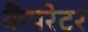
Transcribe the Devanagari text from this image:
कैंपरेटर